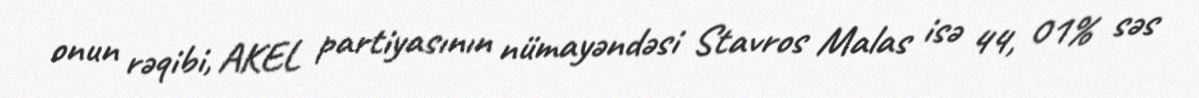
onun rəqibi, AKEL partiyasının nümayəndəsi Stavros Malas isə 44, 01% səs